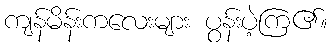
ကျန်မိန်းကလေးများ ပွန်းပဲ့ကြ၏။